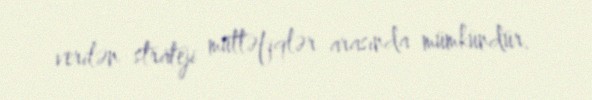
verilən strateji müttəfiqlər arasında mümkündür.